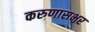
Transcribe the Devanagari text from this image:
करुणासभर